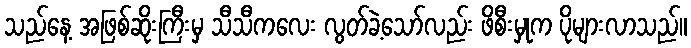
သည်နေ့ အဖြစ်ဆိုးကြီးမှ သီသီကလေး လွတ်ခဲ့သော်လည်း ဖိစီးမှုက ပိုများလာသည်။